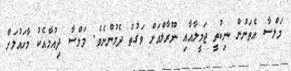
މަލްސާ އެތަނުން ނިކުތީ ޖަމީލާއާއި ނޫރާލްއަށް ވަގުތު ދެމުންނެވެ. މަލްސާ ދިއުމާއެކު މާހައުލަށް